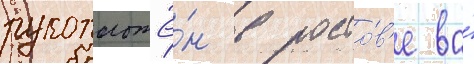
рукоположё́н в росто́в'е во́